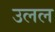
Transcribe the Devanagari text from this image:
उलल